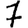
Digit: 7